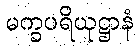
မက္ခပရိယုဋ္ဌာနံ